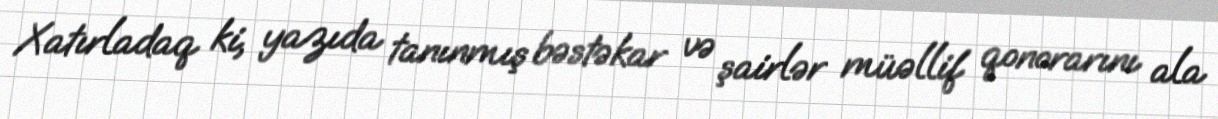
Xatırladaq ki, yazıda tanınmış bəstəkar və şairlər müəllif qonorarını ala